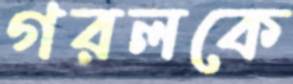
গরলকে